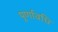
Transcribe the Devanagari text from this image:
पूर्णावधि